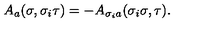
A _ { a } ( \sigma , \sigma _ { i } \tau ) = - A _ { \sigma _ { i } a } ( \sigma _ { i } \sigma , \tau ) .